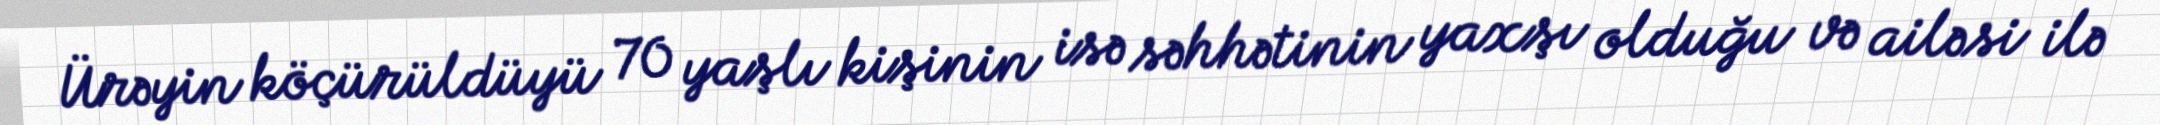
Ürəyin köçürüldüyü 70 yaşlı kişinin isə səhhətinin yaxşı olduğu və ailəsi ilə